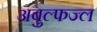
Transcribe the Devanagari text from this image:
अबुल्फज्ल